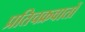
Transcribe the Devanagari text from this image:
प्रतिचक्रवातों